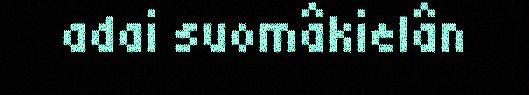
adai suomâkielân